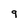
Character: 9